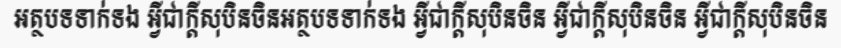
អត្ថបទទាក់ទង អ្វីជាក្តីសុបិនចិនអត្ថបទទាក់ទង អ្វីជាក្តីសុបិនចិន អ្វីជាក្តីសុបិនចិន អ្វីជាក្តីសុបិនចិន